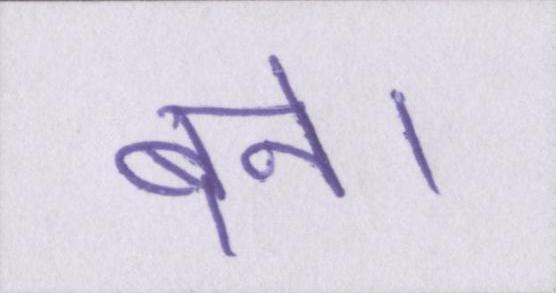
बने।